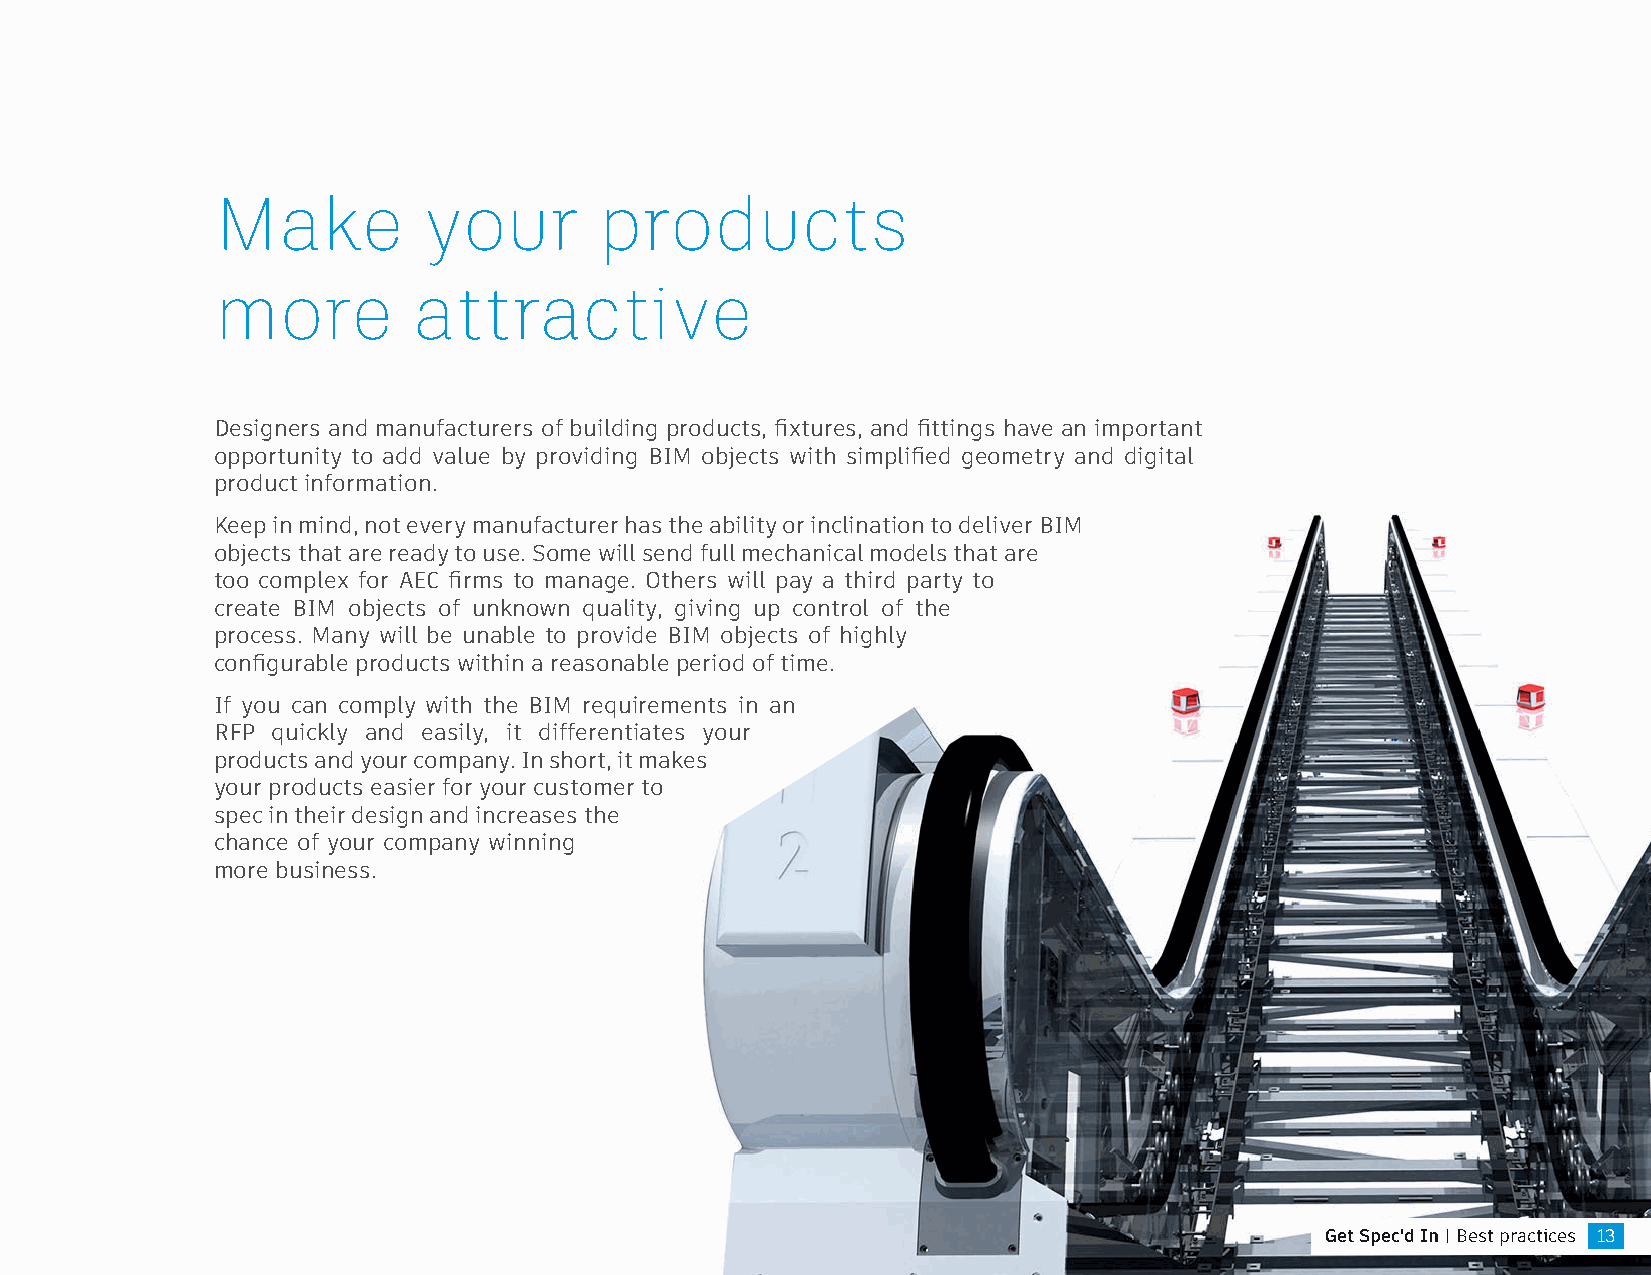
Make          your        products
 more         attractive
 Designers and manufacturers of building products, fixtures, and fittings have an important
 opportunity to add value by providing BIM objects with simplified geometry and digital
 product information.
 Keep in mind, not every manufacturer has the ability or inclination to deliver BIM
 objects that are ready to use. Some will send full mechanical models that are
 too complex for AEC firms to manage. Others will pay a third party to
 create BIM objects of unknown quality, giving up control of the
 process. Many will be unable to provide BIM objects of highly
 configurable products within a reasonable period of time.
 If you can comply with the BIM requirements in an
 RFP quickly and easily, it differentiates your
 products and your company. In short, it makes
 your products easier for your customer to
 spec in their design and increases the
 chance of your company winning
 more business.
 Get Spec'd In | Best practices 13